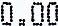
0.00